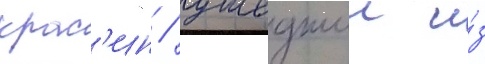
крас'ин / ушедшии и́з